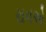
રાવએ